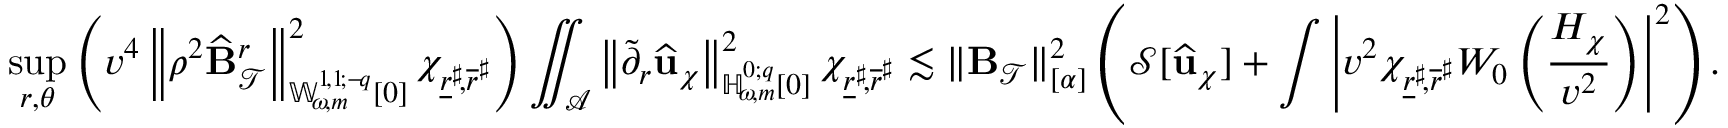
\operatorname* { s u p } _ { r , \theta } \left( v ^ { 4 } \left\lVert \rho ^ { 2 } \widehat { \mathbf { B } } _ { \mathcal { T } } ^ { r } \right\rVert _ { { \mathbb { W } _ { \! \omega \! , m } ^ { 1 \! , 1 \! ; { - \! q } } } [ 0 ] } ^ { 2 } \chi _ { \underline { { r } } ^ { \sharp } \! , \overline { { r } } ^ { \sharp } } \right) \iint _ { \mathcal { A } } \left\lVert \widetilde { \partial } _ { r } \widehat { \mathbf { u } } _ { \chi } \right\rVert _ { { \mathbb { H } _ { \! \omega \! , m } ^ { 0 ; { q } } } [ 0 ] } ^ { 2 } \chi _ { \underline { { r } } ^ { \sharp } \! , \overline { { r } } ^ { \sharp } } \lesssim \lVert \mathbf { B } _ { \mathcal { T } } \rVert _ { [ \alpha ] } ^ { 2 } \left( \mathcal { S } [ \widehat { \mathbf { u } } _ { \chi } ] + \int \left| v ^ { 2 } \chi _ { \underline { { r } } ^ { \sharp } \! , \overline { { r } } ^ { \sharp } } W _ { 0 } \left( \frac { H _ { \chi } } { v ^ { 2 } } \right) \right| ^ { 2 } \right) .